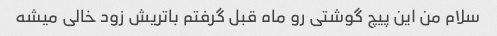
سلام من این پیچ گوشتی رو ماه قبل گرفتم باتریش زود خالی میشه